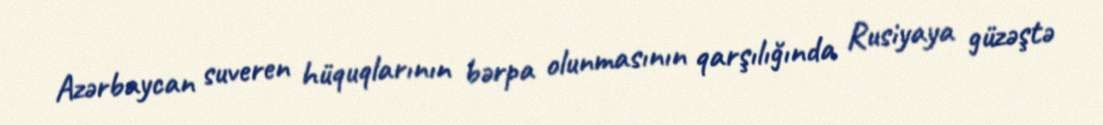
Azərbaycan suveren hüquqlarının bərpa olunmasının qarşılığında Rusiyaya güzəştə